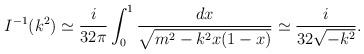
LaTeX: \begin{align*}I^{-1}(k^2)\simeq\frac{i}{32\pi}\int_0^1\frac{dx}{\sqrt{m^2-k^2x(1-x)}}\simeq \frac{i}{32\sqrt{-k^2}}.\end{align*}